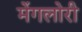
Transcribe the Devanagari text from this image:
मेंगलोरी